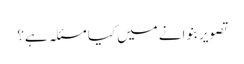
تصویر بنوانے میں کیا مسئلہ ہے؟